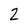
Character: 2